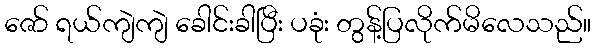
ဇော် ရယ်ကျဲကျဲ ခေါင်းခါပြီး ပခုံး တွန့်ပြလိုက်မိလေသည်။